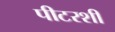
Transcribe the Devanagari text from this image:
पीटरशी